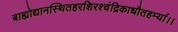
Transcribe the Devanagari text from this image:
बाह्योद्यानस्थितहरशिरश्चंद्रिकाधौतहर्म्या।।